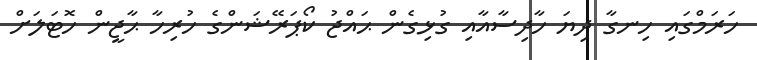
ހަރަމްގައި ހިނގާ ދިޔަ ހާދިސާއާއި ގުޅިގެން ޙައްޖު ކޯޕަރޭޝަންގެ ހުރިހާ ޙާޖީން ހޮޓަލަށް